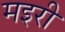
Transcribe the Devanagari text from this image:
मइरी